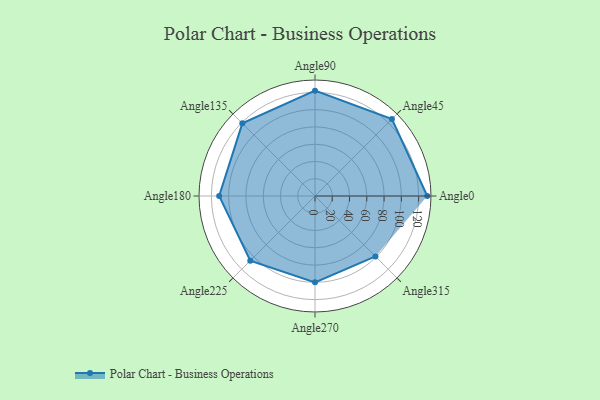
{"axis": {"x": "Angle", "y": "Radius"}, "legend": [""], "data": [{"x": "Angle0", "y": 130.0, "type": ""}, {"x": "Angle45", "y": 126.0, "type": ""}, {"x": "Angle90", "y": 122.0, "type": ""}, {"x": "Angle135", "y": 119.0, "type": ""}, {"x": "Angle180", "y": 111.0, "type": ""}, {"x": "Angle225", "y": 106.0, "type": ""}, {"x": "Angle270", "y": 100.0, "type": ""}, {"x": "Angle315", "y": 99.0, "type": ""}]}